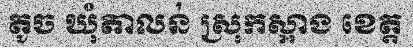
តូច ឃុំតាលន់ ស្រុកស្អាង ខេត្ត